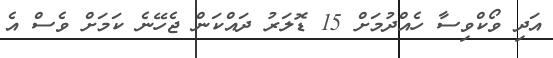
އަދި ވޯކްވިސާ ހެއްދުމަށް 15 ޑޮލަރު ދައްކަން ޖެހޭނެ ކަމަށް ވެސް އެ